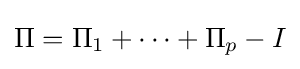
\Pi =\Pi _{1}+\cdots +\Pi _{p}-I